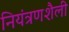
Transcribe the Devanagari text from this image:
नियंत्रणशैली